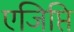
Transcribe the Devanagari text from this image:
एजिप्ति